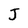
Character: J